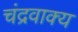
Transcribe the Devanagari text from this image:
चंद्रवाक्य